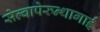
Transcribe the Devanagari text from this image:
सेल्वापेरुन्थागाई